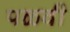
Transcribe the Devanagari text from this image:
पळवी